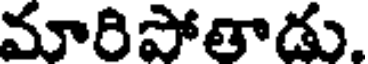
మారిపోతాడు.